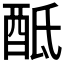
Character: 𨠏